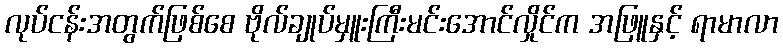
လုပ်ငန်းအတွက်ဖြစ်စေ ဗိုလ်ချုပ်မှူးကြီးမင်းအောင်လှိုင်က အဖြူနှင့် ရာမာလာ